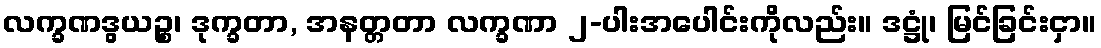
လက္ခဏဒွယဉ္စ၊ ဒုက္ခတာ, အနတ္တတာ လက္ခဏာ ၂-ပါးအပေါင်းကိုလည်း။ ဒဋ္ဌုံ၊ မြင်ခြင်းငှာ။